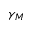
\gamma _ { M }